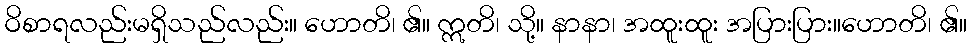
ဝိစာရလည်းမရှိသည်လည်း။ ဟောတိ၊ ၏။ ဣတိ၊ သို့။ နာနာ၊ အထူးထူး အပြားပြား။ဟောတိ၊ ၏။